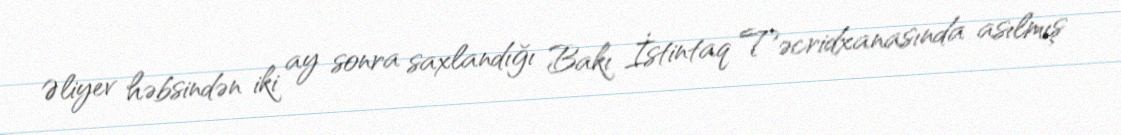
Əliyev həbsindən iki ay sonra saxlandığı Bakı İstintaq Təcridxanasında asılmış